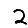
Digit: 2